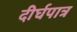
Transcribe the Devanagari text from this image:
दीर्घपात्र